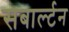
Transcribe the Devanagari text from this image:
सबार्ल्टन